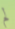
لم